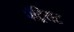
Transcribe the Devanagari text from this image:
पॅट्रियट